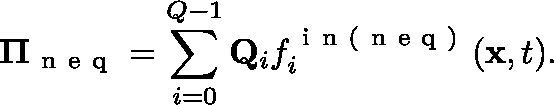
\mathbf { \Pi } _ { \mathrm { ~ n ~ e ~ q ~ } } = \sum _ { i = 0 } ^ { Q - 1 } \mathbf { Q } _ { i } f _ { i } ^ { \mathrm { ~ i ~ n ~ ( ~ n ~ e ~ q ~ ) ~ } } ( \mathbf { x } , t ) .